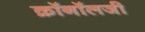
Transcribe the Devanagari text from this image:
क्रॉनॉलजी